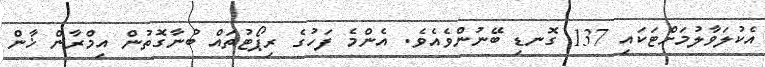
އެކުލަވާލުމަށްޓަކައި 137 ގޮނޑި ބޭނުންވެއެވެ. އެންމެ ފަހުގެ ރިޕޯޓުތައް ބުނާގޮތުން އިމްރާން ޚާން